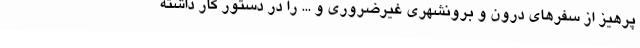
پرهیز از سفرهای درون و برونشهری غیرضروری و ... را در دستور کار داشته